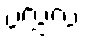
ပလ္လလံ